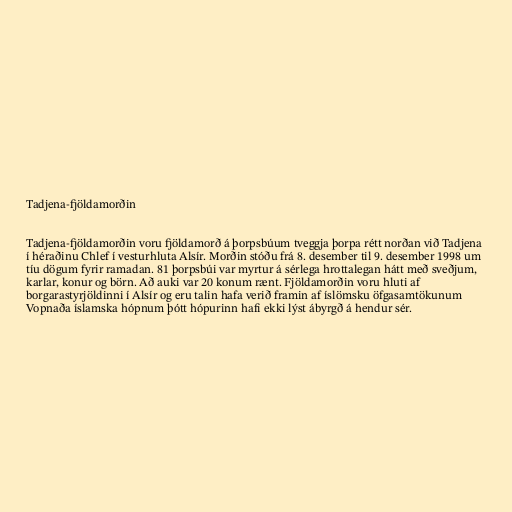
Tadjena-fjöldamorðin

Tadjena-fjöldamorðin voru fjöldamorð á þorpsbúum tveggja þorpa rétt norðan við Tadjena
í héraðinu Chlef í vesturhluta Alsír. Morðin stóðu frá 8. desember til 9. desember 1998 um
tíu dögum fyrir ramadan. 81 þorpsbúi var myrtur á sérlega hrottalegan hátt með sveðjum,
karlar, konur og börn. Að auki var 20 konum rænt. Fjöldamorðin voru hluti af
borgarastyrjöldinni í Alsír og eru talin hafa verið framin af íslömsku öfgasamtökunum
Vopnaða íslamska hópnum þótt hópurinn hafi ekki lýst ábyrgð á hendur sér.